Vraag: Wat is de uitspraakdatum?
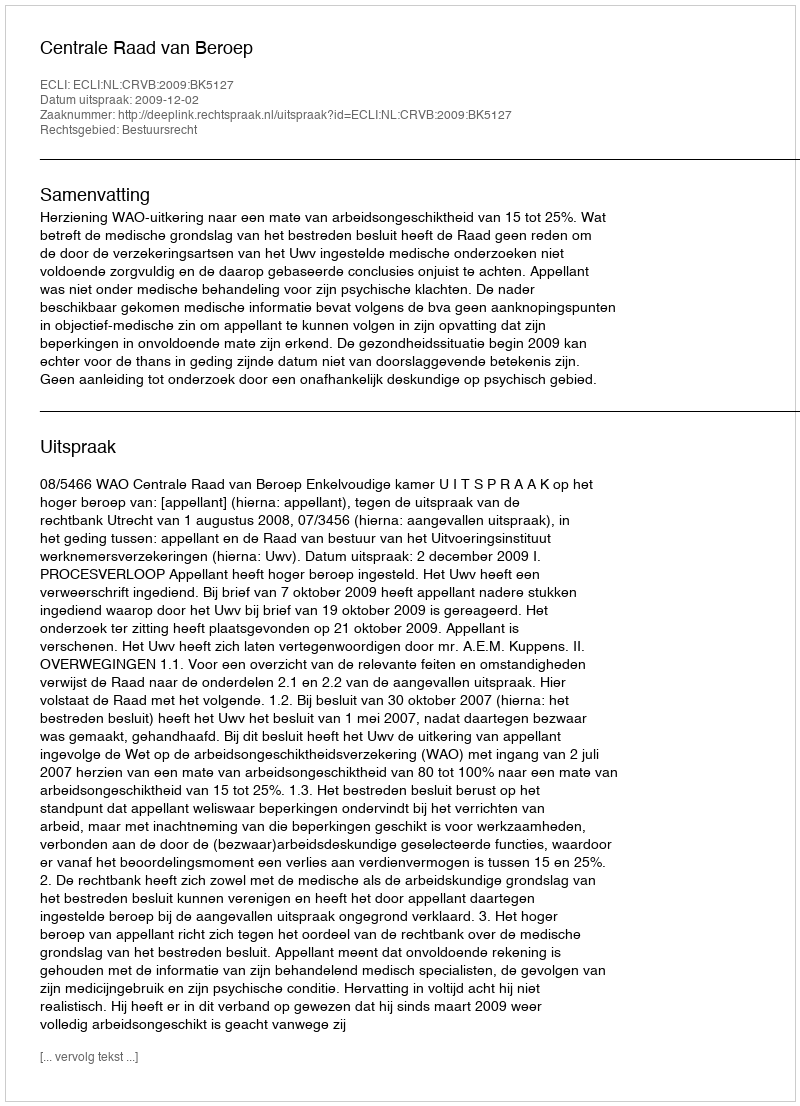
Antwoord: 2009-12-02